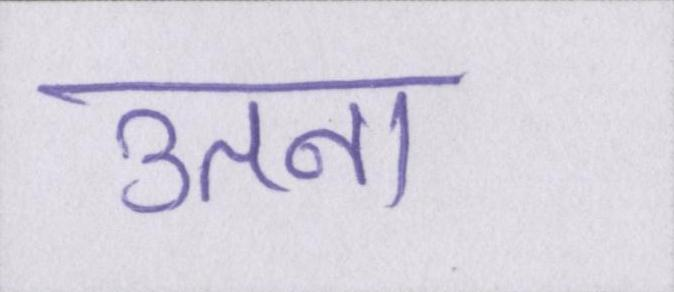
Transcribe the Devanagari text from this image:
उतना